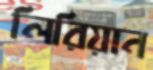
লিরিয়ান